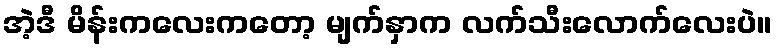
အဲ့ဒီ မိန်းကလေးကတော့ မျက်နှာက လက်သီးလောက်လေးပဲ။